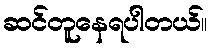
ဆင်တူနေရပါတယ်။